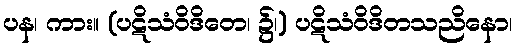
ပန၊ ကား။ (ပဋိသံဝိဒိတေ၊ ၌၊) ပဋိသံဝိဒိတသညိနော၊